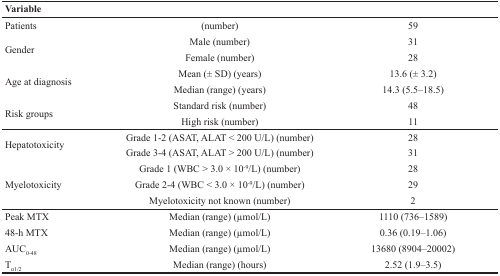
| Variable |  |  |
 | --- | --- | --- |
 | Patients | (number) | 59 |
 | <ROWSPAN=2> Gender | Male (number) | 31 |
 | Female (number) | 28 |
 | <ROWSPAN=2> Age at diagnosis | Mean (± SD) (years) | 13.6 (± 3.2) |
 | Median (range) (years) | 14.3 (5.5–18.5) |
 | <ROWSPAN=2> Risk groups | Standard risk (number) | 48 |
 | High risk (number) | 11 |
 | <ROWSPAN=2> Hepatotoxicity | Grade 1-2 (ASAT, ALAT < 200 U/L) (number) | 28 |
 | Grade 3-4 (ASAT, ALAT > 200 U/L) (number) | 31 |
 | <ROWSPAN=3> Myelotoxicity | Grade 1 (WBC > 3.0 × 10-9/L) (number) | 28 |
 | Grade 2-4 (WBC < 3.0 × 10-9/L) (number) | 29 |
 | Myelotoxicity not known (number) | 2 |
 | Peak MTX | Median (range) (μmol/L) | 1110 (736–1589) |
 | 48-h MTX | Median (range) (μmol/L) | 0.36 (0.19–1.06) |
 | AUC0-48 | Median (range) (μmol/L) | 13680 (8904–20002) |
 | Tα1/2 | Median (range) (hours) | 2.52 (1.9–3.5) |